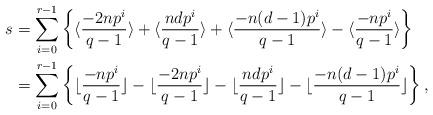
LaTeX: \begin{align*}s&=\sum_{i=0}^{r-1}\left\{\langle\frac{-2np^i}{q-1}\rangle+\langle\frac{ndp^i}{q-1}\rangle+\langle\frac{-n(d-1)p^i}{q-1}\rangle-\langle\frac{-np^i}{q-1}\rangle\right\}\\&=\sum_{i=0}^{r-1}\left\{\lfloor\frac{-np^i}{q-1}\rfloor-\lfloor\frac{-2np^i}{q-1}\rfloor-\lfloor\frac{ndp^i}{q-1}\rfloor-\lfloor\frac{-n(d-1)p^i}{q-1}\rfloor\right\},\end{align*}